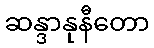
ဆန္ဒာနုနီတော